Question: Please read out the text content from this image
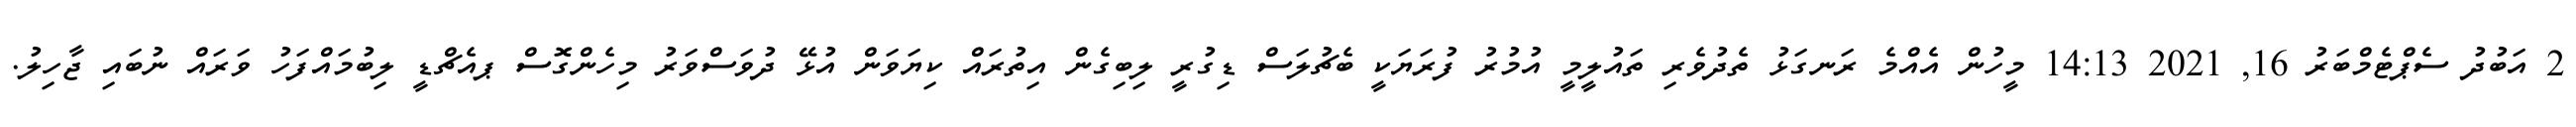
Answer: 2 އަބުދު ސެޕްޓެމްބަރު 16, 2021 14:13 މީހުން އެއްމެ ރަނގަޅު ތެދުވެރި ތައުލީމީ އުމުރު ފުރަޔަކީ ބެޗުލަސް ޑިގުރީ ލިބިގެން އިތުރައް ކިޔަވަން އުޅޭ ދުވަސްވަރު މިހެންގޮސް ޕއެޗްޑީ ލިބުމައްފަހު ވަރައް ނުބައި ޖާހިލު.